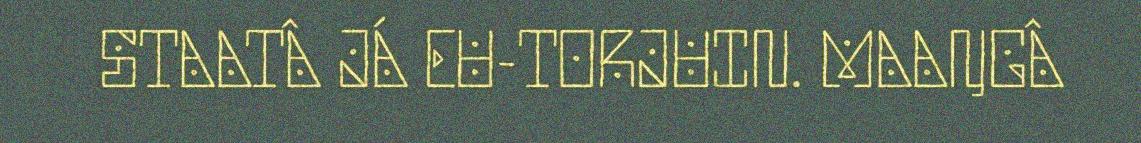
STAATÂ JÁ EU-TORJUIN. MAAŊGÂ